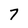
Character: 7